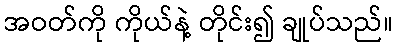
အဝတ်ကို ကိုယ်နဲ့ တိုင်း၍ ချုပ်သည်။